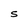
Character: S